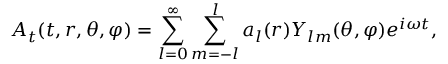
A _ { t } ( t , r , \theta , \varphi ) = \sum _ { l = 0 } ^ { \infty } \sum _ { m = - l } ^ { l } a _ { l } ( r ) Y _ { l m } ( \theta , \varphi ) e ^ { i \omega t } ,